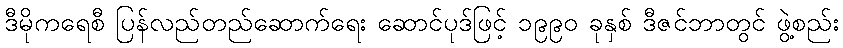
ဒီမိုကရေစီ ပြန်လည်တည်ဆောက်ရေး ဆောင်ပုဒ်ဖြင့် ၁၉၉၀ ခုနှစ် ဒီဇင်ဘာတွင် ဖွဲ့စည်း